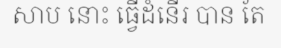
សាប នោះ ធ្វើដំនើរ បាន តែ